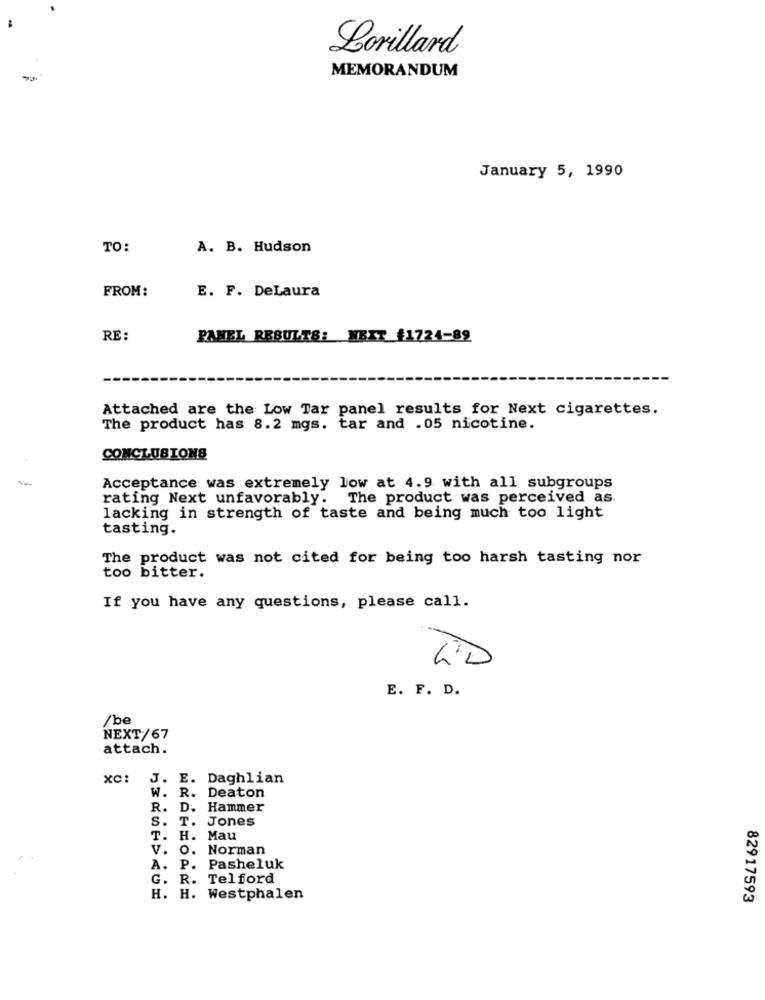
Lorillard
MEMORANDUM
January 5, 1990
TO:
A. B. Hudson
FROM:
E. F. DeLaura
RE :
PANEL RESULTS: NBIT #1724-82
Attached are the Low Tar panel results for Next cigarettes.
The product has 8.2 mgs. tar and .05 nicotine.
CONCLUSIONS
Acceptance was extremely low at 4.9 with all subgroups
rating Next unfavorably. The product was perceived as
lacking in strength of taste and being much too light
tasting.
The product was not cited for being too harsh tasting nor
too bitter.
If you have any questions, please call.
LD
E. F. D.
/be
NEXT/67
attach.
XC:
J. E.
Daghlian
Deaton
W. R.
R. D.
Hammer
S. T
Jones
T. H.
Mau
V. O. Norman
A. P. Pasheluk
G. R. Telford
H. H. Westphalen
82917593